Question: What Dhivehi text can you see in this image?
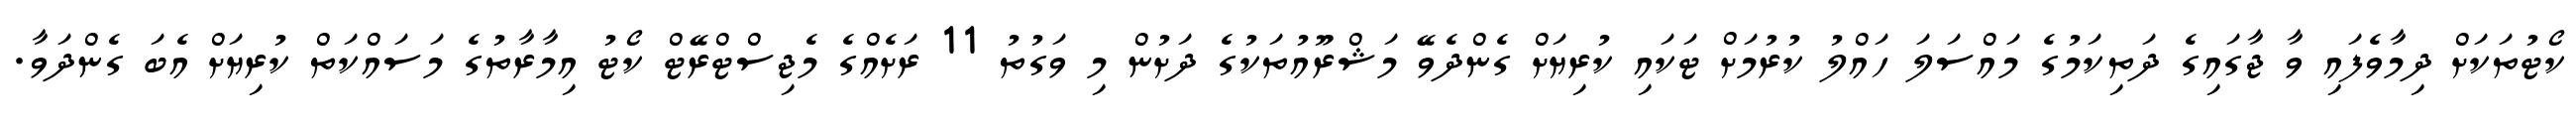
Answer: ކޯޓުތަކަށް ދިމާވެފައި ވާ ޖާގައިގެ ދަތިކަމުގެ މައްސަލަ ހައްލު ކުރުމަށް ޓަކައި ކުރިޔަށް ގެންދެވޭ މަޝްރޫއުތަކުގެ ދަށުން މި ވަގުތު 11 ރަށެއްގެ މެޖިސްޓްރޭޓް ކޯޓު އިމާރާތުގެ މަސައްކަތް ކުރިޔަށް އެބަ ގެންދަވާ.